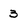
Character: 3